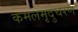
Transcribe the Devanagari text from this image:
कमलमृदुचरण